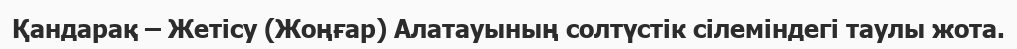
Қандарақ – Жетісу (Жоңғар) Алатауының солтүстік сілеміндегі таулы жота.